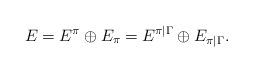
LaTeX: \begin{align*} E=E^\pi\oplus E_\pi=E^{\pi\vert \Gamma}\oplus E_{\pi\vert\Gamma}.\end{align*}